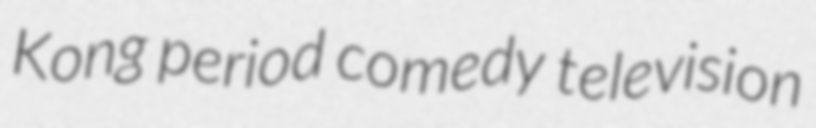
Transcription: Kong period comedy television